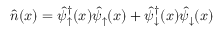
\hat { n } ( x ) = \hat { \psi } _ { \uparrow } ^ { \dagger } ( x ) \hat { \psi } _ { \uparrow } ( x ) + \hat { \psi } _ { \downarrow } ^ { \dagger } ( x ) \hat { \psi } _ { \downarrow } ( x )